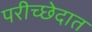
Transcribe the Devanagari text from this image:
परीच्छेदात